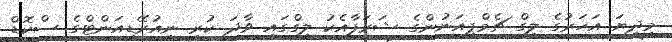
މިދިޔަ އަހަރުގެ ލީގް ޗެމްޕިއަނުންގެ ޝަރަފާއެކު ލީގްގައި ވާދަ ކުރި ނިއުރޭޑިއަންޓްގެ ސްކޮޑް